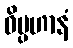
ဝိပ္ပဟာနံ